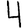
Digit: 4